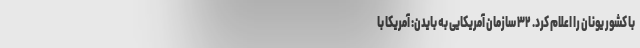
با کشور یونان را اعلام کرد. ۳۲ سازمان آمریکایی به بایدن: آمریکا با